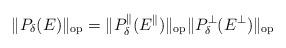
LaTeX: \begin{align*} \|P_\delta(E)\|_{\mathrm{op}}=\| P^\parallel_\delta(E^\parallel)\|_{\mathrm{op}}\| P^\perp_\delta(E^\perp) \|_{\mathrm{op}}\end{align*}